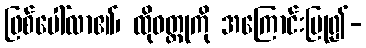
ဖြစ်ပေါ်လာ၏၊ ထိုဝတ္ထုကို အကြောင်းပြု၍-